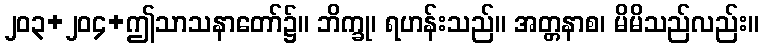
၂၀၃+၂၀၄+ဤသာသနာတော်၌။ ဘိက္ခု၊ ရဟန်းသည်။ အတ္တနာစ၊ မိမိသည်လည်း။